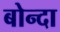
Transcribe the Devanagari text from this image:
बोन्‍दा